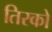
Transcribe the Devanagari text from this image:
तिरको